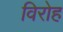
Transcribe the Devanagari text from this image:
विरोह